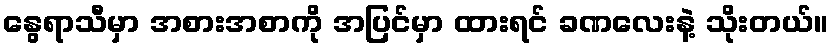
နွေရာသီမှာ အစားအစာကို အပြင်မှာ ထားရင် ခဏလေးနဲ့ သိုးတယ်။